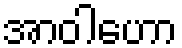
အာဝါဟော